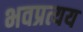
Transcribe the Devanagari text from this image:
भवप्रत्यय